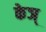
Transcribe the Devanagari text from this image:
केञ्